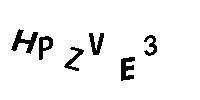
HPZVE3